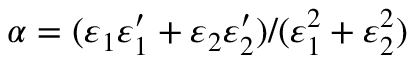
\alpha = ( \varepsilon _ { 1 } \varepsilon _ { 1 } ^ { \prime } + \varepsilon _ { 2 } \varepsilon _ { 2 } ^ { \prime } ) / ( \varepsilon _ { 1 } ^ { 2 } + \varepsilon _ { 2 } ^ { 2 } )